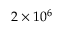
2 \times 1 0 ^ { 6 }